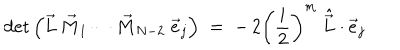
\det \left( \vec { L } \, \vec { M } _ { 1 } \cdots \vec { M } _ { N - 2 } \; \vec { e } _ { j } \right) \; = \; - \, 2 \left( \frac i 2 \right) ^ { m } \ \hat { \vec { L } } \cdot \vec { e } _ { j }